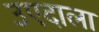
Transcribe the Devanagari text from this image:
उएदाला